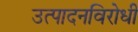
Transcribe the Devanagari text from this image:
उत्पादनविरोधी